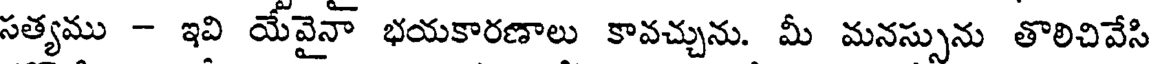
సత్యము - ఇవి యేవైనా భయకారణాలు కావచ్చును. మీ మనస్సును తొలిచివేసి